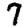
Digit: 7